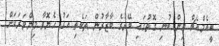
ބީއެމްއެޗް އިން ބުނި ގޮތުގައި ބޭރުގެ ބާޒާރުން ތަކެތި އަގު ހެޔޮވާ މިންވަރަކަށް